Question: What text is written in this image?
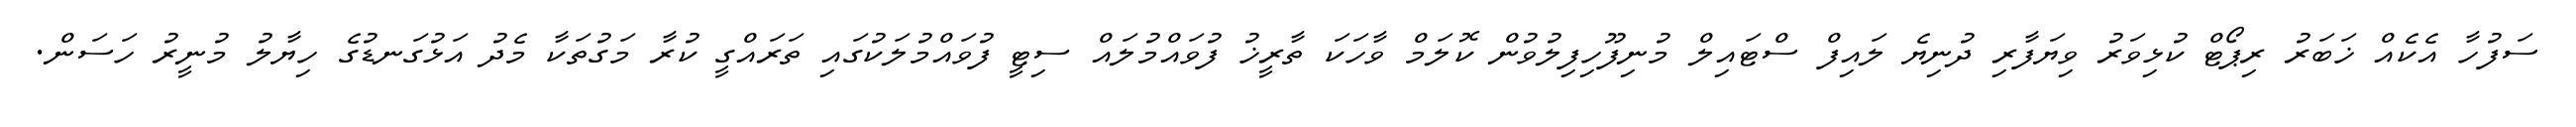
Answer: ސަފުހާ އެކެއް ޚަބަރު ރިޕޯޓް ކުޅިވަރު ވިޔަފާރި ދުނިޔެ ލައިފް ސްޓައިލް މުނިފޫހިފިލުވުން ކޮލަމް ވާހަކަ ތާރީޚު ފުވައްމުލައް ސިޓީ ފުވައްމުލަކުގައި ތަރައްގީ ކުރާ މަގުތަކާ މެދު އަޅުގަނޑުގެ ހިޔާލު މުނީރު ހަސަން.